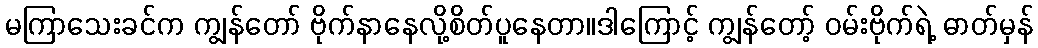
မကြာသေးခင်က ကျွန်တော် ဗိုက်နာနေလို့စိတ်ပူနေတာ။ဒါကြောင့် ကျွန်တော့် ဝမ်းဗိုက်ရဲ့ ဓာတ်မှန်